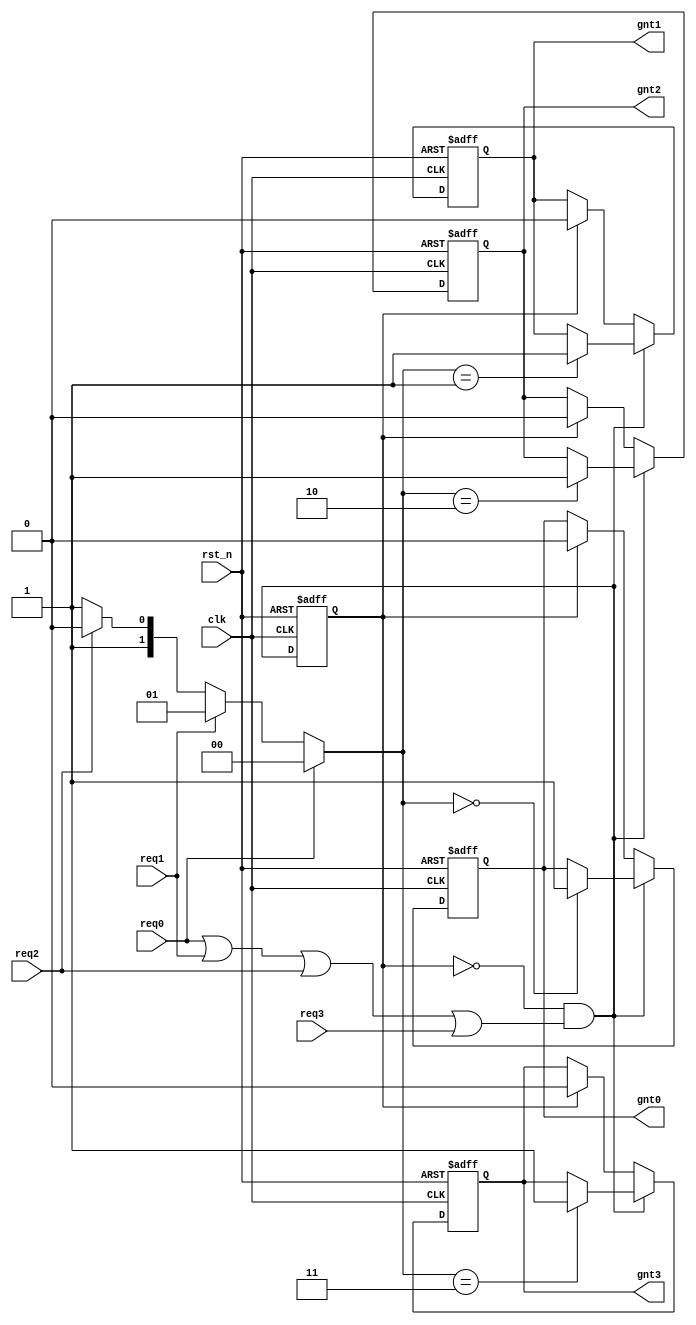
module fixed_arbt(clk,rst_n,req0,req1,req2,req3,gnt0,gnt1,gnt2,gnt3);
input clk;
input rst_n;
input req0;
input req1;
input req2;
input req3;
output reg gnt0;//
output reg gnt1;
output reg gnt2;
output reg gnt3;

wire arbt_time;
reg arbt_time_d;
reg [1:0] gnt_id_w;

always @(posedge clk or negedge rst_n) begin
    if (!rst_n) begin
        arbt_time_d <= 1'b0;
    end
    else begin
        arbt_time_d <= arbt_time;
    end
end
assign arbt_time = (!arbt_time_d)&&(req0|req1|req2|req3);//

always @(*) begin
    if (req0) begin
        gnt_id_w = 2'b00;
    end
    else if (req1) begin
        gnt_id_w = 2'b01;
    end
    else if (req2) begin
        gnt_id_w = 2'b10;
    end
    else begin
        gnt_id_w = 2'b11;
    end
end

always @(posedge clk or negedge rst_n) begin
    if (!rst_n) begin
        gnt0 <= 1'b0;
        gnt1 <= 1'b0;
        gnt2 <= 1'b0;
        gnt3 <= 1'b0;
    end
    else if (arbt_time) begin
        case (gnt_id_w)
            2'b00: gnt0 <= 1'b1;
            2'b01: gnt1 <= 1'b1;
            2'b10: gnt2 <= 1'b1;
            2'b11: gnt3 <= 1'b1;
        endcase
    end
    else if (arbt_time_d) begin
        gnt0 <= 1'b0;
        gnt1 <= 1'b0;
        gnt2 <= 1'b0;
        gnt3 <= 1'b0;
    end
end

endmodule